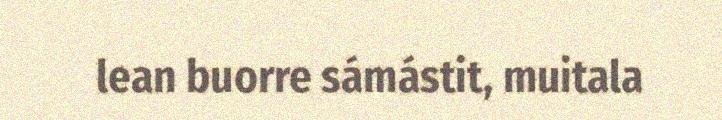
lean buorre sámástit, muitala